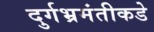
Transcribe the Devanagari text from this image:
दुर्गभ्रमंतीकडे